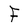
Character: F